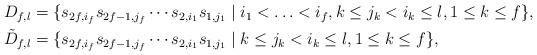
LaTeX: \begin{align*}\begin{aligned}D_{f,l}& =\{s_{2f,i_f}s_{2f-1,j_f}\cdots s_{2,i_1}s_{1,j_1}\mid i_1<\ldots<i_f, k\leq j_k<i_k\leq l, 1\leq k\leq f \}, \\\tilde D_{f,l}&= \{s_{2f,i_f}s_{2f-1,j_f}\cdots s_{2,i_1}s_{1,j_1}\mid k\leq j_k<i_k\leq l, 1\leq k\leq f \},\\\end{aligned}\end{align*}